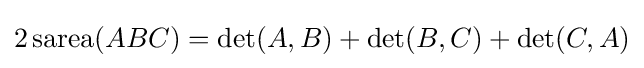
2\operatorname {sarea} (ABC)=\det(A,B)+\det(B,C)+\det(C,A)